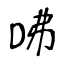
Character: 咈